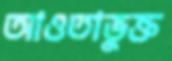
আওতাভুক্ত